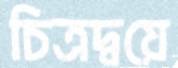
চিত্রদ্বয়ে